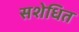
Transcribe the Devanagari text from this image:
सशेधित